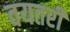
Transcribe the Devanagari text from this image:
वयतरी